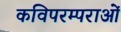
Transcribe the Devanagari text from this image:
कविपरम्पराओं